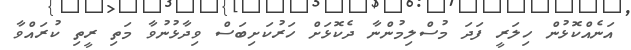
އަނެއްކޮޅުން ހިލަރީ ފަދަ މުސްލިމުންނާ ދެކޮޅަށް ހަރުކަށިބަސް ވިދާޅުނުވާ މަތި ރީތި ކުރައްވާ